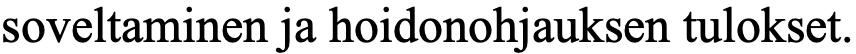
soveltaminen ja hoidonohjauksen tulokset.